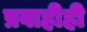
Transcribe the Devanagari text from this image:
प्रवाहीही